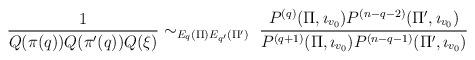
LaTeX: \begin{align*}\frac{1}{Q(\pi(q))Q(\pi'(q))Q(\xi)} \sim_{E_q(\Pi) E_{q'}(\Pi')} \ \cfrac{ P^{(q)}(\Pi,\imath_{v_0})P^{(n-q-2)}(\Pi',\imath_{v_0}) }{ P^{(q+1)}(\Pi,\imath_{v_0}) P^{(n-q-1)}(\Pi',\imath_{v_0})}\end{align*}